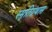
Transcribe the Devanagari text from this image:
स्मृतिग्रंथास